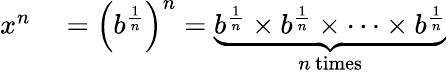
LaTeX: \begin{array}{rl}{x^{n}}&{{}=\left(b^{\frac{1}{n}}\right)^{n}=\underbrace{b^{\frac{1}{n}}\times b^{\frac{1}{n}}\times\cdots\times b^{\frac{1}{n}}}_{n\, {\textrm{times}}}}\end{array}